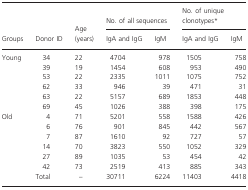
|  |  |  | <COLSPAN=2> No. of all sequences | <COLSPAN=2> No. of unique clonotypes* |
 | Groups | Donor ID | Age (years) | IgA and IgG | IgM | IgA and IgG | IgM |
 | --- | --- | --- | --- | --- | --- | --- |
 | Young | 34 | 22 | 4704 | 978 | 1505 | 758 |
 |  | 39 | 19 | 1454 | 608 | 953 | 490 |
 |  | 53 | 22 | 2335 | 1011 | 1075 | 752 |
 |  | 62 | 33 | 946 | 39 | 471 | 31 |
 |  | 63 | 22 | 5157 | 689 | 1853 | 448 |
 |  | 69 | 45 | 1026 | 388 | 398 | 175 |
 | Old | 4 | 71 | 5201 | 558 | 1588 | 426 |
 |  | 6 | 76 | 901 | 845 | 442 | 567 |
 |  | 7 | 87 | 1610 | 92 | 727 | 57 |
 |  | 14 | 70 | 3823 | 550 | 1052 | 329 |
 |  | 27 | 89 | 1035 | 53 | 454 | 42 |
 |  | 42 | 73 | 2519 | 413 | 885 | 343 |
 |  | Total | – | 30711 | 6224 | 11403 | 4418 |